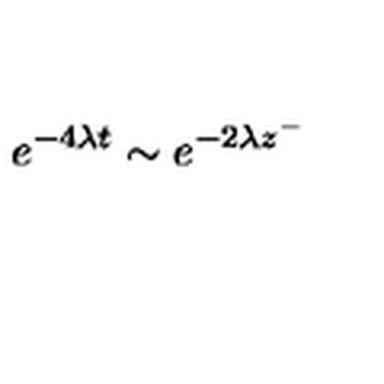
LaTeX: \: e ^ { - 4 \lambda t } \sim e ^ { - 2 \lambda z ^ { - } } \: